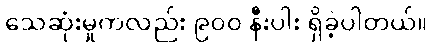
သေဆုံးမှုကလည်း ၉၀၀ နီးပါး ရှိခဲ့ပါတယ်။